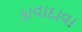
કાવાદાવા